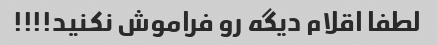
لطفا اقلام دیگه رو فراموش نکنید!!!!